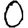
Digit: 0